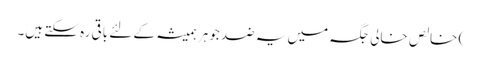
) خالص خالی جگہ میں یہ ضد جوہر ہمیشہ کے لئے باقی رہ سکتے ہیں۔